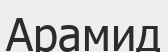
Арамид